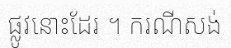
ផ្លូវនោះដែរ ។ ករណីសង់